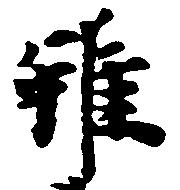
雖